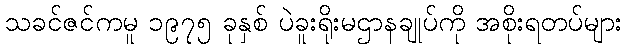
သခင်ဇင်ကမူ ၁၉၇၅ ခုနှစ် ပဲခူးရိုးမဌာနချုပ်ကို အစိုးရတပ်များ